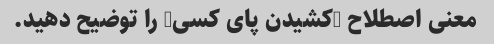
معنی اصطلاح "کشیدن پای کسی" را توضیح دهید.